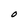
Character: O